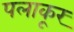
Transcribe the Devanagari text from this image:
पलाकूर